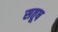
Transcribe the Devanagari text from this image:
सतूष